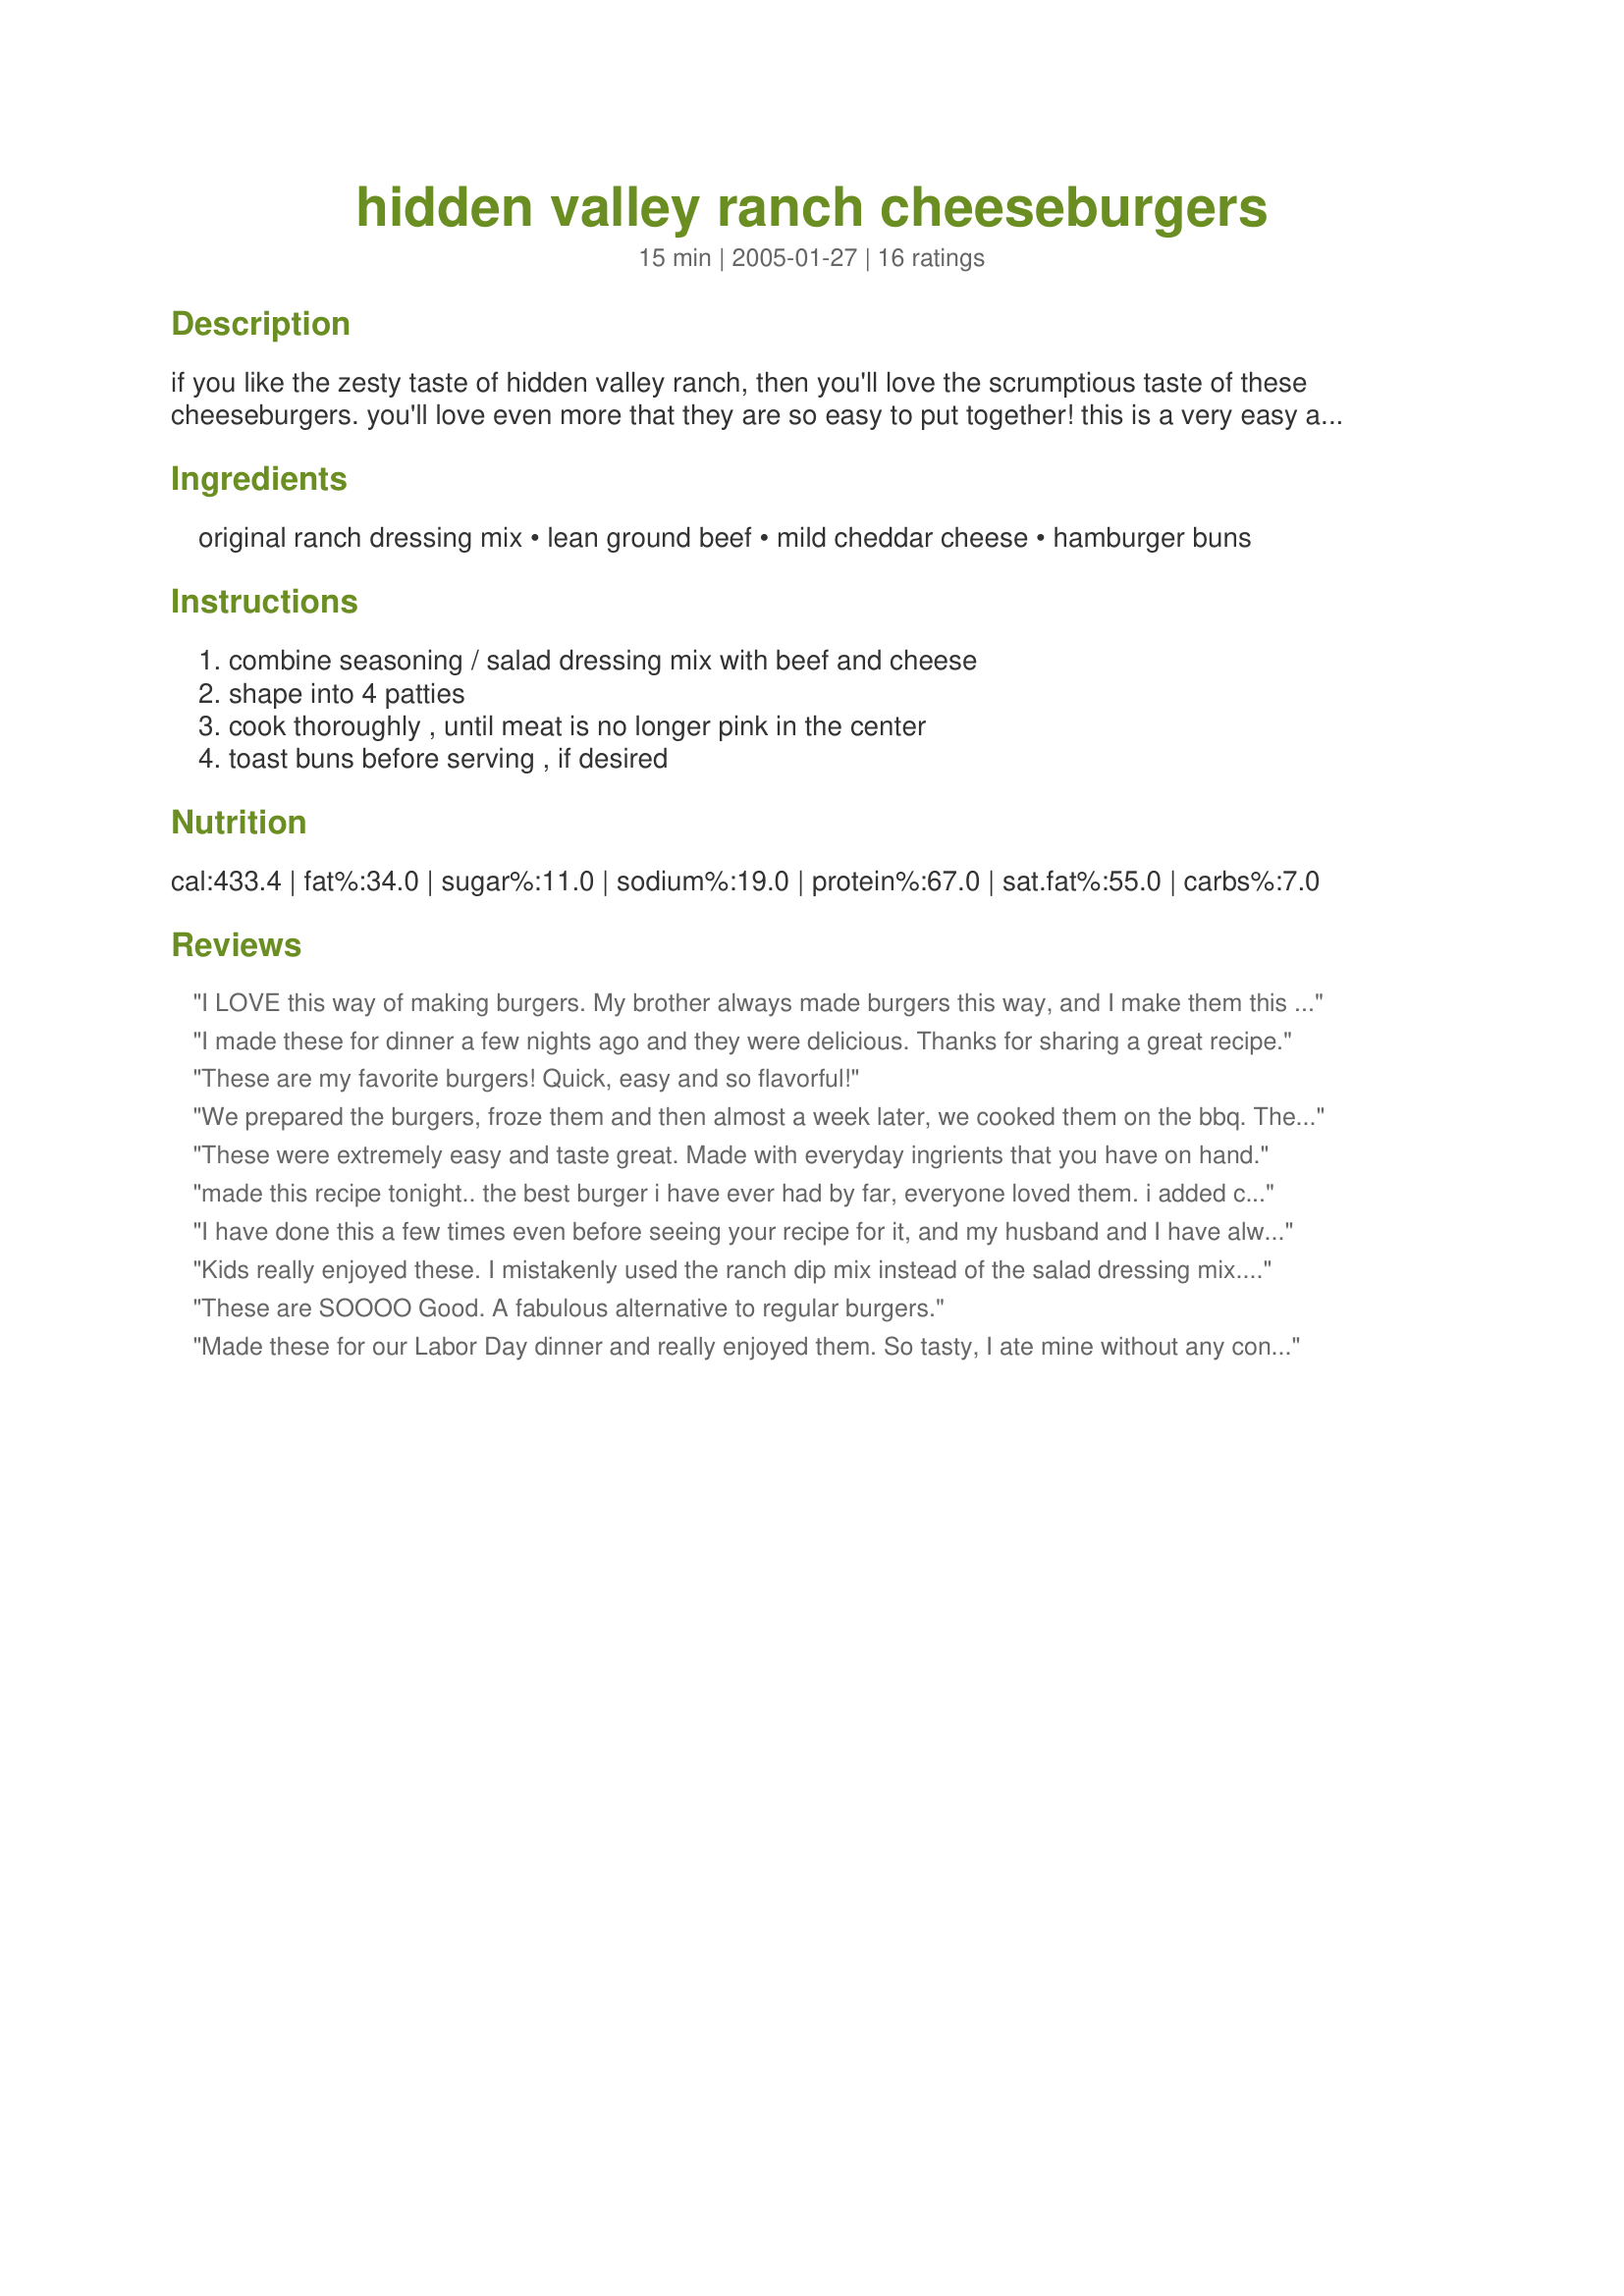
hidden valley ranch cheeseburgers
Preparation time: 15 minutes

if you like the zesty taste of hidden valley ranch, then you'll love the scrumptious taste of these cheeseburgers. you'll love even more that they are so easy to put together! this is a very easy and very tasty way to make burger night a bit different!

Ingredients:
original ranch dressing mix, lean ground beef, mild cheddar cheese, hamburger buns

Steps:
combine seasoning / salad dressing mix with beef and cheese, shape into 4 patties, cook thoroughly , until meat is no longer pink in the center, toast buns before serving , if desired

Reviews:
I LOVE this way of making burgers. My brother always made burgers this way, and I make them this way often. Excellent flavor!
I made these for dinner a few nights ago and they were delicious. Thanks for sharing a great recipe.
These are my favorite burgers! Quick, easy and so flavorful!
We prepared the burgers, froze them and then almost a week later, we cooked them on the bbq. The results are so much better. They keep their shapes. The taste was great. We loved them :) Thanks Dine &amp; Dish :) Made for Name that ingredient tag game
These were extremely easy and taste great. Made with everyday ingrients that you have on hand.
made this recipe tonight.. the best burger i have ever had by far, everyone loved them. i added chopped onions to them as well- made a good addition. thank you!!!
I have done this a few times even before seeing your recipe for it, and my husband and I have always enjoyed these burgers. I ranch dressing packet really does something great to the ground beef that regular salt, pepper, and garlic powder just don't do. I think the only thing we do differently to these burgers is the cheese; I have always made mine with monteray jack or swiss. I never have tried cheddar, but I will have to try it now! Thanx for posting! :)
Kids really enjoyed these. I mistakenly used the ranch dip mix instead of the salad dressing mix. Not sure how much that affected the end result, but they were good. I also cut the cheese back to about 1/2 cup.
These are SOOOO Good. A fabulous alternative to regular burgers.
Made these for our Labor Day dinner and really enjoyed them. So tasty, I ate mine without any condiments. I recommend breaking the hamburger apart in the bowl and sprinkling the seasoning all over so you don&#039;t have to over work the meat to mix it in (which can make it tough). I wore food prep gloves which made it even easier to cleanup after combining the ingredients. Will make again!
My Sister and her family live in Kansas. Her son went to spend the night with a friend and this friend's mother fixed these burgers. Now, my nephew is very picky but he came home bragging about these and of course the whole family had to be informed. I came to zaar and found the recipe and we will never go back to plain, dry burgers again. My DH and three children Love these!! The only thing I do differently is put the cheese on top when burger gets done!!!
Thanks for a great recipe
What an easy, great change of pace for a hamburger. Just 2 ingredients made such a wonderfully different tasting burger. Thanx so much for posting.
These are very good. Great flavor and cheesy. I only had ground turkey on hand so I used that and they still turned out great. I didn&#039;t have a lot of cheese so I didn&#039;t quite use one cup.
I followed the directions but then put them in the George Forman.... it seemed like the cheese cooked out of them and made them hold together like a patty, but look like loose meat. (They are actually patties cause they are holding together) They fell apart easily and had to be handled with care. The ranch taste was a bit overwhelming - then when we tried it as a burger - they were good.... Next time I would double the meat or half the ranch mix....and put the cheese on top not inside... and use the stove top... 
maybe this is just not a Forman friendly recipe. But overall we liked them!!! 

Made using ground turkey and lowfat cheese.... WONDERFUL! great flavor -- will definitely be making again. Thanks for sharing!
These were delicious - My husband was shocked and honored that I would sacrifice 1 of my precious packages of Hidden Valley Ranch for the sake of his burger (You can't get HVR dressing mix here, so we buy a years supply everytime we go home to America and then ration them out throughout the year!)! I took ncmysteryshopper's suggestion and left the shredded cheese out of the hamburger/ranch mix - I simply added a slice of delicious old Gouda on top. Very good recipe - thanks for posting :)
